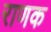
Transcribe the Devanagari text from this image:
राणक